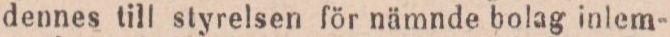
dennes till styrelsen för nämnde bolag inlem-